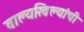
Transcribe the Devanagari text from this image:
वाल्यखिल्यांची